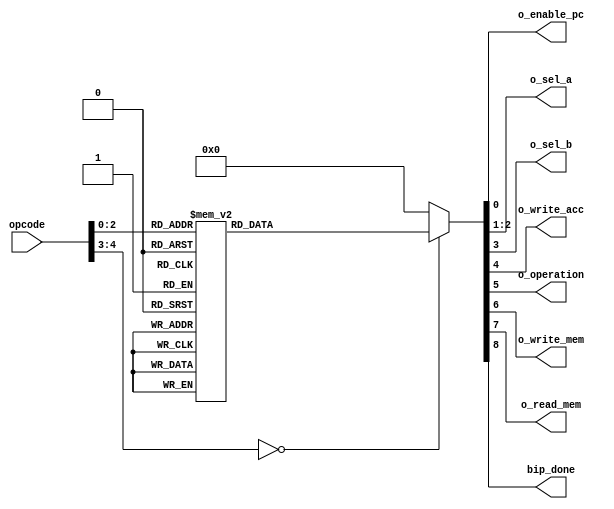

module InstructionDecoder
(
	input [4:0] opcode,
    output reg o_enable_pc,
	output reg [1:0] o_sel_a,
	output reg o_sel_b,
	output reg o_write_acc,
	output reg o_operation,
    output reg o_write_mem,
    output reg o_read_mem,
    output reg bip_done
);

    localparam HLT  = 'b00000;
    localparam STO  = 'b00001;
    localparam LD   = 'b00010;
    localparam LDI  = 'b00011;
    localparam ADD  = 'b00100;
    localparam ADDI = 'b00101;
    localparam SUB  = 'b00110;
    localparam SUBI = 'b00111;

    always@*begin
        case(opcode)

            HLT: 
            begin
                o_enable_pc <= 0;
                o_sel_a     <= 0;
                o_sel_b     <= 0;
                o_write_acc <= 0;
                o_operation <= 0;
                o_write_mem <= 0;
                o_read_mem  <= 0;
                bip_done    <= 1;
            end

            STO: 
            begin
                o_enable_pc <= 1;
                o_sel_a     <= 0;
                o_sel_b     <= 0;
                o_write_acc <= 0;
                o_operation <= 0;
                o_write_mem <= 1;
                o_read_mem  <= 0;
                bip_done    <= 0;
            end
        
            LD: 
            begin
                o_enable_pc <= 1;
                o_sel_a     <= 0;
                o_sel_b     <= 0;
                o_write_acc <= 1;
                o_operation <= 0;
                o_write_mem <= 0;
                o_read_mem  <= 1;
                bip_done    <= 0;
            end

            LDI: 
            begin
                o_enable_pc <= 1;
                o_sel_a     <= 1;
                o_sel_b     <= 0;
                o_write_acc <= 1;
                o_operation <= 0;
                o_write_mem <= 0;
                o_read_mem  <= 0;
                bip_done    <= 0;
            end

            ADD: 
            begin
                o_enable_pc <= 1;
                o_sel_a     <= 2;
                o_sel_b     <= 0;
                o_write_acc <= 1;
                o_operation <= 0;
                o_write_mem <= 0;
                o_read_mem  <= 1;
                bip_done    <= 0;
            end

            ADDI: 
            begin
                o_enable_pc <= 1;
                o_sel_a     <= 2;
                o_sel_b     <= 1;
                o_write_acc <= 1;
                o_operation <= 0;
                o_write_mem <= 0;
                o_read_mem  <= 0;
                bip_done    <= 0;
            end

            SUB: 
            begin
                o_enable_pc <= 1;
                o_sel_a     <= 2;
                o_sel_b     <= 0;
                o_write_acc <= 1;
                o_operation <= 1;
                o_write_mem <= 0;
                o_read_mem  <= 1;
                bip_done    <= 0;
            end

            SUBI: 
            begin
                o_enable_pc <= 1;
                o_sel_a     <= 2;
                o_sel_b     <= 1;
                o_write_acc <= 1;
                o_operation <= 1;
                o_write_mem <= 0;
                o_read_mem  <= 0;
                bip_done    <= 0;
            end

            default:
            begin
                o_enable_pc <= 0;
                o_sel_a     <= 0;
                o_sel_b     <= 0;
                o_write_acc <= 0;
                o_operation <= 0;
                o_write_mem <= 0;
                o_read_mem  <= 0;
                bip_done    <= 0;
            end

        endcase
        
    end

endmodule